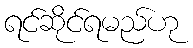
ရင်ဆိုင်ရမည်ဟု